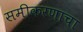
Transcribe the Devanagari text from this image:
समीकरणाचा